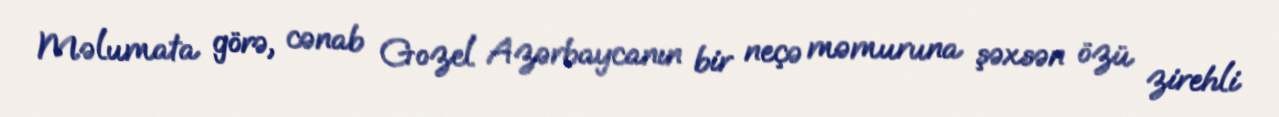
Məlumata görə, cənab Gozel Azərbaycanın bir neçə məmuruna şəxsən özü zirehli